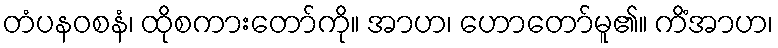
တံပနဝစနံ၊ ထိုစကားတော်ကို။ အာဟ၊ ဟောတော်မူ၏။ ကိံအာဟ၊